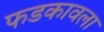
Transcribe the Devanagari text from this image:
फडकावला